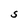
Character: S